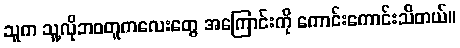
သူက သူ့လိုဘဝတူကလေးတွေ အကြောင်းကို ကောင်းကောင်းသိတယ်။